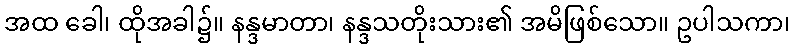
အထ ခေါ၊ ထိုအခါ၌။ နန္ဒမာတာ၊ နန္ဒသတိုးသား၏ အမိဖြစ်သော။ ဥပါသကာ၊